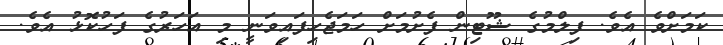
ކަމަށްވެ އެވެ. ފިލްމުގެ ޝޫޓިން ފެށުމަށް ހަމަޖެހިފައިވަނީ މި އަހަރުގެ ފަހުކޮޅު އެވެ.